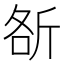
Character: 㪾